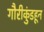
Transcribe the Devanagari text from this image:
गौरीकुंडहून